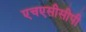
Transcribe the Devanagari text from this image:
एचएसीसीपी